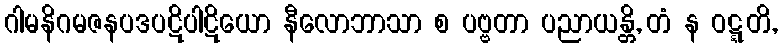
ဂါမနိဂမဇနပဒပဋိပါဋိယော နီလောဘာသာ စ ပဗ္ဗတာ ပညာယန္တိ, တံ န ဝဋ္ဋတိ,